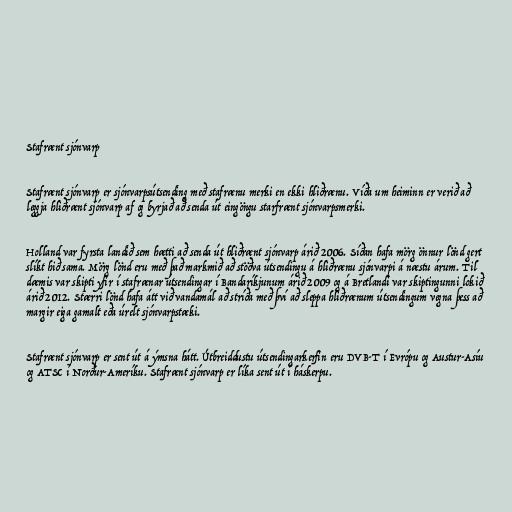
Stafrænt sjónvarp

Stafrænt sjónvarp er sjónvarpsútsending með stafrænu merki en ekki hliðrænu. Víða um heiminn er verið að
leggja hliðrænt sjónvarp af og byrjað að senda út eingöngu starfrænt sjónvarpsmerki.

Holland var fyrsta landið sem hætti að senda út hliðrænt sjónvarp árið 2006. Síðan hafa mörg önnur lönd gert
slíkt hið sama. Mörg lönd eru með það markmið að stöðva útsendingu á hliðrænu sjónvarpi á næstu árum. Til
dæmis var skipti yfir í stafrænar útsendingar í Bandaríkjunum árið 2009 og á Bretlandi var skiptingunni lokið
árið 2012. Stærri lönd hafa átt við vandamál að stríða með því að sleppa hliðrænum útsendingum vegna þess að
margir eiga gamalt eða úrelt sjónvarpstæki.

Stafrænt sjónvarp er sent út á ýmsna hátt. Útbreiddustu útsendingarkerfin eru DVB-T í Evrópu og Austur-Asíu
og ATSC í Norður-Ameríku. Stafrænt sjónvarp er líka sent út í háskerpu.